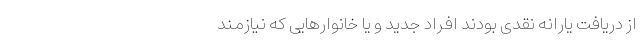
از دریافت یارانه نقدی بودند افراد جدید و یا خانوارهایی که نیازمند